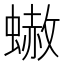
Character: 𧐭